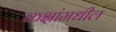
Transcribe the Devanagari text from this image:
कक्षांमधील